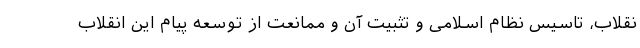
نقلاب، تاسیس نظام اسلامی و تثبیت آن و ممانعت از توسعه پیام این انقلاب